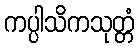
ကပ္ပါသိကသုတ္တံ